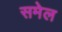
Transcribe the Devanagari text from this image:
समेल